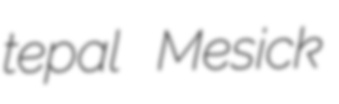
tepal Mesick